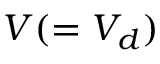
V ( = V _ { d } )